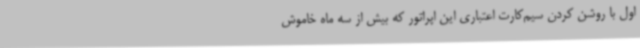
اول با روشن کردن سیم‌کارت اعتباری این اپراتور که بیش از سه ماه خاموش